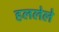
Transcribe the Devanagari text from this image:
हललेले